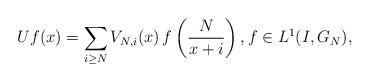
LaTeX: \begin{align*}Uf(x) = \sum_{i \geq N}V_{N,i}(x)\,f\left(\frac{N}{x+i}\right), f \in L^1(I,G_{N}), \end{align*}